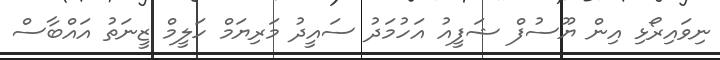
ނިވައިރޯޅި އިން ޔޫސުފް ޝަފީއު އަހުމަދު ސައީދު މަރިޔަމް ހަލީމް ޒީނަތު އައްބާސް